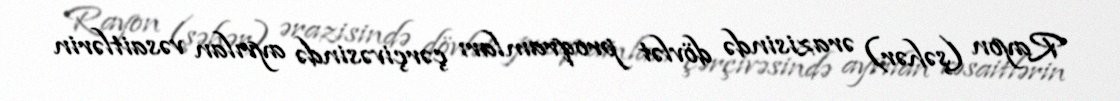
Rayon (şəhər) ərazisində dövlət proqramları çərçivəsində ayrılan vəsaitlərin